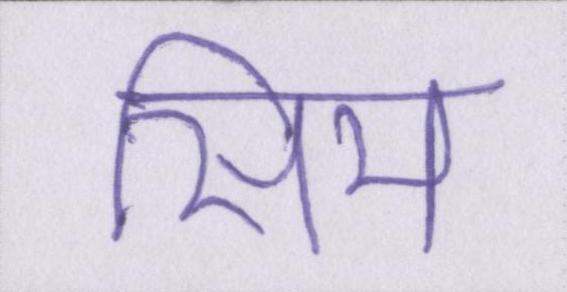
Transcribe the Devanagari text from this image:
सिम